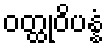
ဝတ္ထုဝိပန္နံ